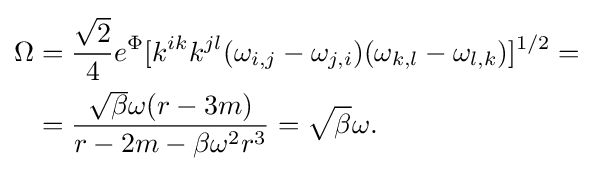
{\begin{aligned}\Omega &={\frac {\sqrt {2}}{4}}e^{\Phi }[k^{ik}k^{jl}(\omega _{i,j}-\omega _{j,i})(\omega _{k,l}-\omega _{l,k})]^{1/2}=\\&={\frac {{\sqrt {\beta }}\omega (r-3m)}{r-2m-\beta \omega ^{2}r^{3}}}={\sqrt {\beta }}\omega .\end{aligned}}